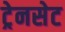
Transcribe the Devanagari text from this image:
ट्रेनसेट